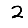
Digit: 2